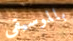
بالموسيقى